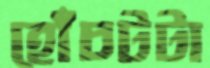
হোঁচটটা